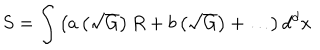
S = \int { \left( a \left( \sqrt { G } \right) R + b \left( \sqrt { G } \right) + \ldots \right) d ^ { d } x }